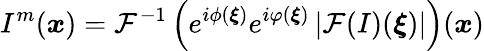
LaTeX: I^{m}(\boldsymbol{x})=\mathcal{F}^{-1}\left(e^{i\phi(\boldsymbol{\xi})}e^{i\varphi(\boldsymbol{\xi})}\left\vert\mathcal{F}(I)(\boldsymbol{\xi})\right\vert\right)(\boldsymbol{x})